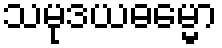
သမုဒယဓမ္မော